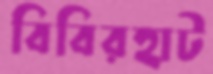
বিবিরহাট